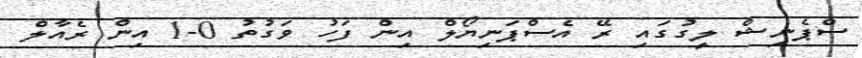
ސްޕެނިޝް ލީގުގައި ރޭ އެސްޕަނިޔޯލް އިން ފަހު ވަގުތު 0-1 އިން ރެއާލް